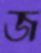
জ